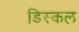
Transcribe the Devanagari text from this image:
डिस्कल